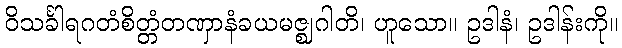
ဝိသင်္ခါရဂတံစိတ္တံတဏှာနံခယမဇ္ဈဂါတိ၊ ဟူသော။ ဥဒါနံ၊ ဥဒါန်းကို။